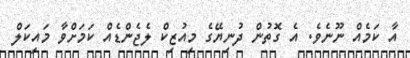
އާ ކަމެއް ނޫނެވެ. އެ ގޮތުން ދުނިޔޭގެ މިއުޒިކް ލެޖެންޑެއް ކަމަށްވާ މައިކަލް